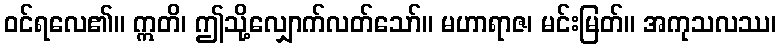
ဝင်ရလေ၏။ ဣတိ၊ ဤသို့လျှောက်လတ်သော်။ မဟာရာဇ၊ မင်းမြတ်။ အကုသလဿ၊